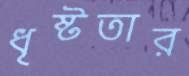
ধৃষ্টতার